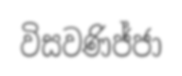
විසවණිජ්ජා